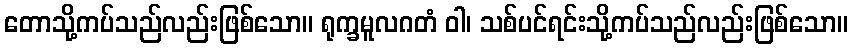
တောသို့ကပ်သည်လည်းဖြစ်သော။ ရုက္ခမူလဂတံ ဝါ၊ သစ်ပင်ရင်းသို့ကပ်သည်လည်းဖြစ်သော။